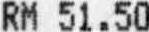
RM 51.50